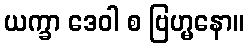
ယက္ခာ ဒေဝါ စ ဗြဟ္မနော။